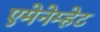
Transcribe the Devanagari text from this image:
एमेनेम्हेट